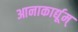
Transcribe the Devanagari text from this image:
आनाकार्द्यूम्